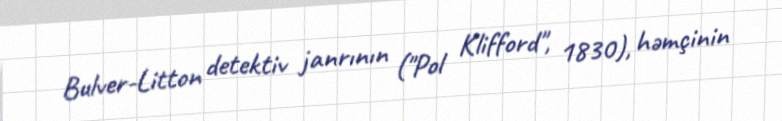
Bulver-Litton detektiv janrının ("Pol Klifford", 1830), həmçinin